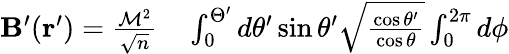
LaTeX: \begin{array}{rl}{\mathbf{B}^{\prime}(\mathbf{r}^{\prime})=\frac{\mathcal{M}^{2}}{\sqrt{n}}}&{{}\int_{0}^{\Theta^{\prime}}d\theta^{\prime}\sin\theta^{\prime}\sqrt{\frac{\cos\theta^{\prime}}{\cos\theta}}\int_{0}^{2\pi}d\phi}\end{array}